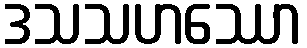
ဒသသဟဿော